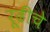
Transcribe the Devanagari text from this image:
रूढींचे